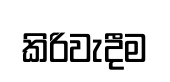
කිරිවැදීම